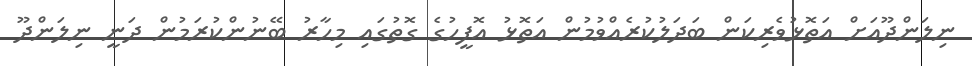
ނިލަންދޫއަށް އަތޮޅުވެރިކަން ބަދަލުކުރެއްވުމުން އަތޮޅު އޮފީހުގެ ގޮތުގައި މިހާރު ބޭނުންކުރަމުން ދަނީ ނިލަންދޫ